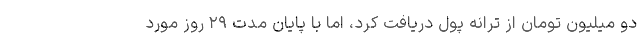
دو میلیون تومان از ترانه پول دریافت کرد، اما با پایان مدت ۲۹ روز مورد